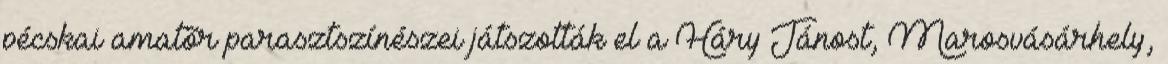
pécskai amatõr parasztszínészei játszották el a Háry Jánost, Marosvásárhely,